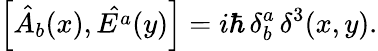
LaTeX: \left[\hat{A}_{b}(x),\hat{E^{a}}(y)\right]=i\hbar\, \delta_{b}^{a}\, {\delta}^{3}(x,y).